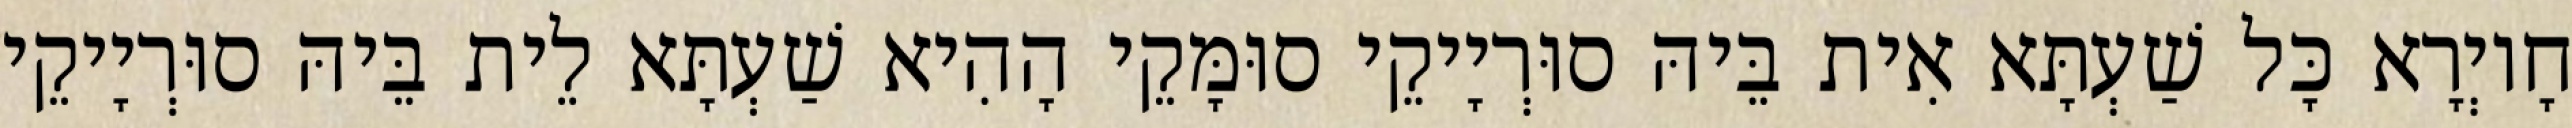
חָיוְרָא כָּל שַׁעְתָּא אִית בֵּיהּ סוּרְיָיקֵי סוּמָּקֵי הָהִיא שַׁעְתָּא לֵית בֵּיהּ סוּרְיָיקֵי